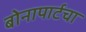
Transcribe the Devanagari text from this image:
बोनापार्टचा